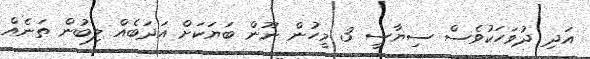
އަދި ދުވަހަކުވެސް ސިޔާސީ 3 މީހުން ނޫން ބަޔަކަށް އަދަބެއް ލިބުން ތަނެއް